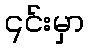
၎င်းမှာ